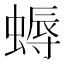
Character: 𧏯